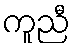
ကူညီ